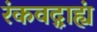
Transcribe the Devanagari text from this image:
रंकवद्ग्राह्यं